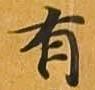
有